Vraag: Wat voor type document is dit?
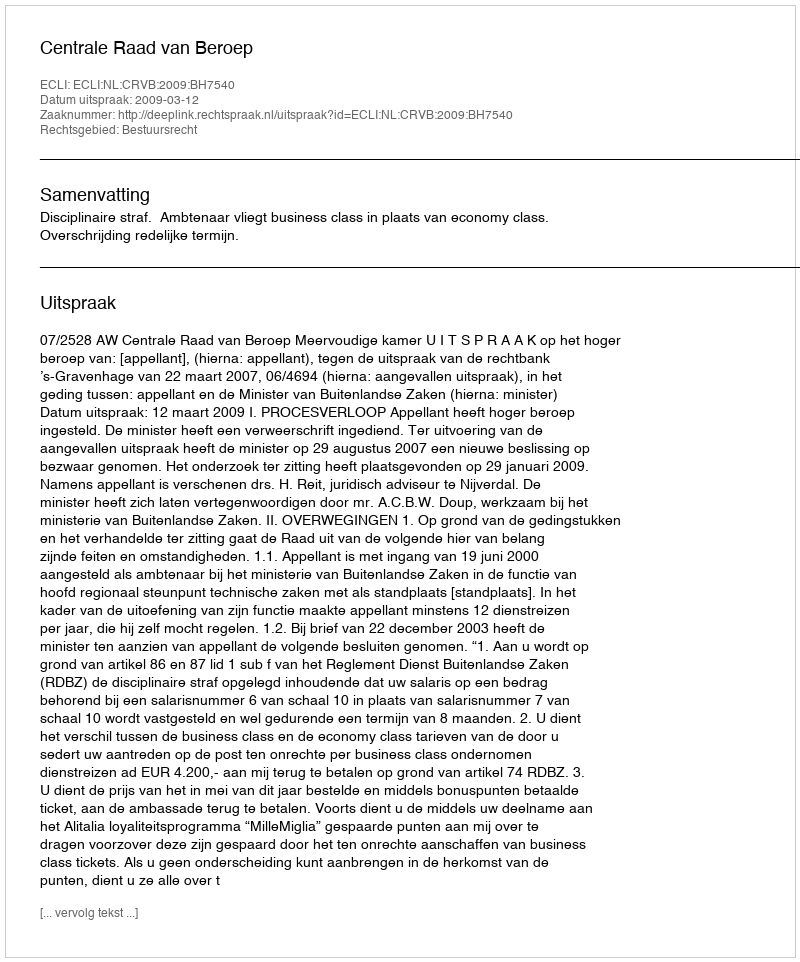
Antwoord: Uitspraak